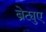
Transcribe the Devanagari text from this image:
ब्रेट्युए